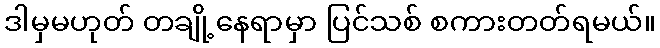
ဒါမှမဟုတ် တချို့နေရာမှာ ပြင်သစ် စကားတတ်ရမယ်။